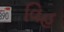
વિહ